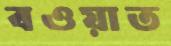
বওয়াত